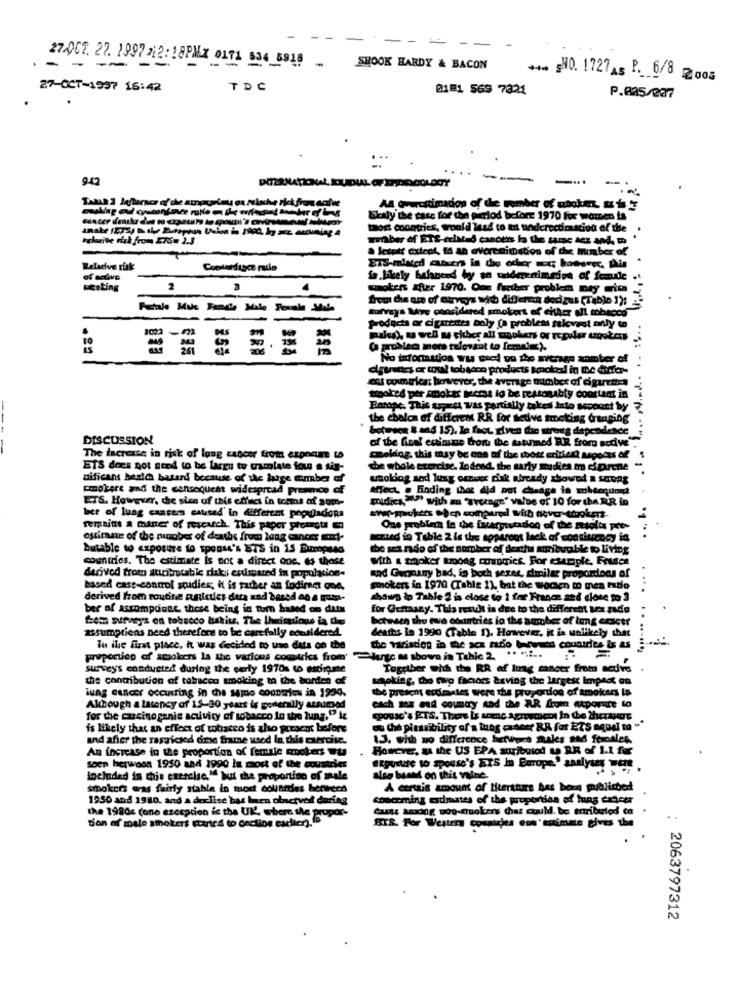
- - -- --
27.0CT. 27. 1997 212: 18PMX 0171 834 5918 __ SHOOK HARDY & BACON
*** NO. 1727AS P. 6/8 2008
27-OCT-1997 16:42
TDC
0181 569 7321
P.025/287
942
AA avecttimados of the member of ubole. af
localy the case for the period before 1970 for women is
thort countries, would lead to an underectimastion of the
Ichurve risk from ETS= 2.3
wmber of ETE-celatad cancers la the same As d. m
. Jesett cutept, 16 an avereningtion of die member of
Relacive tuk
Cootendance radio
Eis-melated assons in the other sok hotorpe, phin
of active
is.likely behneed by an wodaenimgips of femdie ..
Meeting
2
smokers after 1970. One farther problem nay mica .
frem this are of ourvers Mit differen dodaus (Tible 1): -
Padale Mue
Borveys Mye considered smokers of either all mbecco
products or cigarenes poly (a problems selovast only to
ERA
Ca Rossa mors relevant to female).
No information wu used ou the sitrags xomber of
cigarettes or conal tobacco products booked in the durer-
cof countricas however, the average number of cigarettes
tipored per smoker pocme lo be restonsbly coortant in
Enronc. This topett was partially takes Into account by
the chelca of different RR for tedve smoking @ranging
between & and 15). le faet rives the strong dependence
DISCUSSION
of the final entimme boru the satumed RR from sodive".
-
The increase in risk of long cancer trots expoan wo
choking. this may be one of the roots eritiert aspects of
ETS does not need to be largu to gamlate fou s sis-
the whole exercise, Indond, the marty mudies m di parche "
dificant hesle batard because of the huge mumber of
woldog sod lung ommer dink already showed a strong
Emobere and the censoquest widespread preamico of
effect . Finding that did not ceaga ta siktequand
ETS. However, die size of this effici in terms of som-
" with m "Trerage" valDe of 10 for the RR in
ber of lung cancers caused' In different populadons
remains a miner of research. This paper preangts
One problem in the interpretadoo of the mesoft poty
estimate of the nunobe of deaths from lung cancer mort-
aczted in Table 2 is the apparent lack of contitracy ia
butable to exposure to sponse's ETS in 15 Burpees
the sea não of the number of derthu mibugble to living
countries. The estimate is not a direct one. do those
with a smoker among conomics. For example, France
derived from atinibatable riski; estimated in population-
sod Guppany bad, is both sexes, similar propordoos of
based cass-control studies; it is rather an fodire one.
smokers in 1970 (Table 1), bat the wochen to men fado
derived From roudne anicules data and based an a gump-
shows ip Table 2 is close to 1 for France and close to 3
ber of accompagne these being is tom based on duts
for Genaany. This rent is due to the different ter sado
Less surveys en tobacco bekit. The Iheimuions ia dos
between the two edutrtries in the aumber of lung cancer
assumptions need therefore to be carefully considered.
deaths le 1990 (Table 1). However, it is unlikely that
Tu the first place, it was decided to use dats on the
the Mariaden in the sex radio between countries &s &s .....
proponico of smokchs la the various comtries from'
Juge a shows in Table 2 "" ...
surveys conducted during the early 1970 to ettirgate
Together with the RR of lung cancer from active .
the contribution of tabacco smoking ta the banden of
sapking, the two factors asving the largest Impact on
the present estimates were the proportion of smokers Is
lung cancer occurring in the same countless in 1994.
Aldough a latency of 15-30 years is generally strimed
for the cucinogenie activity of tobacco in the tung."? iz
spouse's PTS. There is some Agreement In the therange
is likely that an effect of wotraceo is also present before
ou thé pintsibility of a lung cabest RR for ETS saudi to ""
and after the rassicsed dme frame weed In this exercise.
13. with no difference betluet males sad females.
An increase in the proportion of female coolers Bu
However, as the US EPA soributod L RR of 1.1 for
soep herwoon 1950 sad 1990 in most of the countries
tocluded in this exercise.If but the proportion of male
also based on this vaine
smokers was fairly stable in mod douanes benrech
A certain amount of literature bas berg publiched
.
1950 and 1980, and a dexlise bas been ofnetved during
concoming estimates of the proportion of lung cancer
CE Amor wo-mokers that could, be tutributod en .
tion af male smokers started to onction earlier). fb
the 1980g (one ezesacion is the UK'. where the pr
BTS. For Westers countdes ent'saimme gives the
: 2063797312